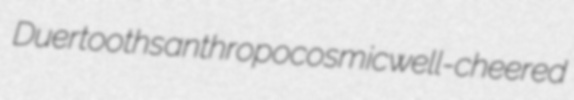
Duer tooths anthropocosmic well-cheered